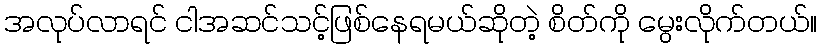
အလုပ်လာရင် ငါအဆင်သင့်ဖြစ်နေရမယ်ဆိုတဲ့ စိတ်ကို မွေးလိုက်တယ်။